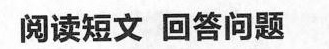
阅读短文 回答问题